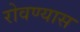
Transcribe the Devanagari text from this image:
रोवण्यास